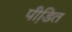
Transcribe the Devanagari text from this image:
पीडि़त